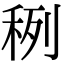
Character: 䅀